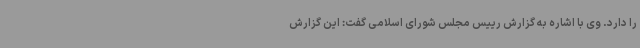
را دارد. وی با اشاره به گزارش رییس مجلس شورای اسلامی گفت: این گزارش